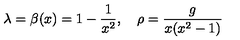
\lambda = \beta ( x ) = 1 - { \frac { 1 } { x ^ { 2 } } } , \quad \rho = { \frac { g } { x ( x ^ { 2 } - 1 ) } }